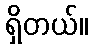
ရှိတယ်။